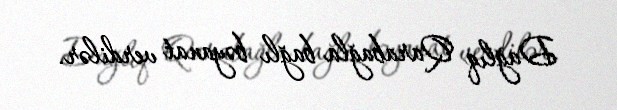
Dağlıq Qarabağla bağlı bəyanat verdilər.